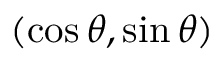
( \cos \theta , \sin \theta )